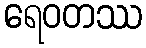
ရေဝတဿ